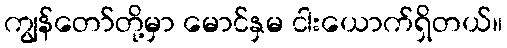
ကျွန်တော်တို့မှာ မောင်နှမ ငါးယောက်ရှိတယ်။